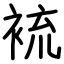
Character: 裗